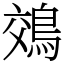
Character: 鵁